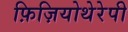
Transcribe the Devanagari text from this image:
फ़िज़ियोथेरेपी